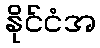
နိုင်ငံအ